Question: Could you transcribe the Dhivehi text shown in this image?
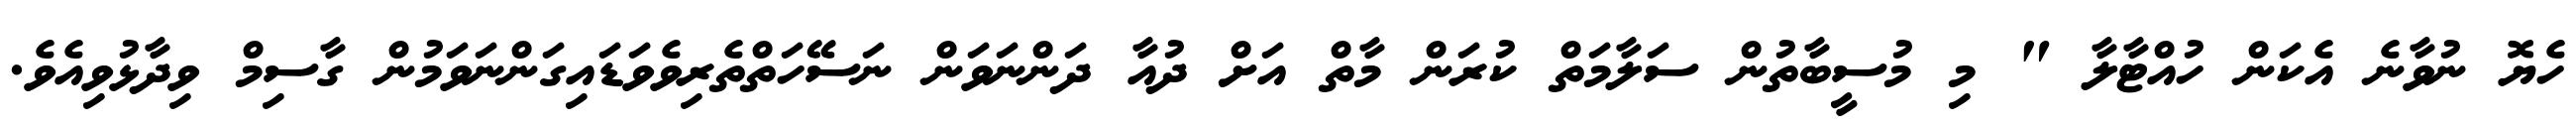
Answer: ހެޔޮ ނުވާނެ އެކަން ހުއްޓާލާ " މި މުސީބާތުން ސަލާމަތް ކުރަން މާތް އަށް ދުއާ ދަންނަވަން ނަސޭހަތްތެރިވެވަޑައިގަންނަވަމުން ގާސިމް ވިދާޅުވިއެވެ.